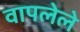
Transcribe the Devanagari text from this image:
वापलेले